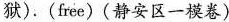
狱).(free)(静安区一模卷)